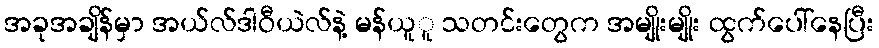
အခုအချိန်မှာ အယ်လ်ဒါဝီယဲလ်နဲ့ မန်ယူူ သတင်းတွေက အမျိုးမျိုး ထွက်ပေါ်နေပြီး